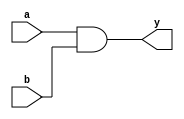
module _and2(a, b, y);		// 2 to 1 and gate
	input a, b;
	output y;
	
	assign y = a & b;
	
endmodule

module _nand2(a, b, y);		// 2 to 1 nand gate
	input a, b;
	output y;
	
	assign y = ~(a & b);
	
endmodule

module _or2(a, b, y);		// 2 to 1 or gate
	input a, b;
	output y;
	
	assign y = a | b;
	
endmodule

module _inv(a, y);		// inverter
	input a;
	output y;
	
	assign y = ~a;
	
endmodule

module _xor2(a, b, y);		// 2 to 1 exclusive or gate
	input a, b;
	output y;
	wire inv_a, inv_b;
	wire w0, w1;
	
	// inverting a and b
	_inv inv0(.a(a), .y(inv_a));
	_inv inv1(.a(b), .y(inv_b));
	
	// use two and gates for between a and not b or between not a and b
	_and2 ad20(a, inv_b, w0);
	_and2 ad21(b, inv_a, w1);
	
	// connect both result of two and gates with or gate
	_or2 or20(w0, w1, y);
	
endmodule

module _and3(a, b, c, y);		// 3 to 1 and gate
	input a, b, c;
	output y;
	
	assign y = a & b & c;
	
endmodule

module _and4(a, b, c, d, y);		// 4 to 1 and gate
	input a, b, c, d;
	output y;
	
	assign y = a & b & c & d;
	
endmodule

module _and5(a, b, c, d, e, y);		// 5 to 1 and gadte
	input a, b, c, d, e;
	output y;
	
	assign y = a & b & c & d & e;
	
endmodule

module _or3(a, b, c, y);		// 3 to 1 or gate
	input a, b, c;
	output y;
	
	assign y = a | b | c;
	
endmodule

module _or4(a, b, c, d, y);		// 4 to 1 or gate
	input a, b, c, d;
	output y;
	
	assign y = a | b | c | d;
	
endmodule

module _or5(a, b, c, d, e, y);		// 5 to 1 or gate
	input a, b, c, d, e;
	output y;
	
	assign y = a | b | c | d | e;
	
endmodule

module _inv_4bits(a, y);		// 4-bit inverter
	input [3:0] a;
	output [3:0] y;
	
	assign y = ~a;
	
endmodule

module _and2_4bits(a, b, y);		// 4-bit 2 to 1 and gate
	input [3:0] a, b;
	output [3:0] y;
	
	assign y = a & b;
	
endmodule

module _or2_4bits(a, b, y);		// 4-bit 2 to 1 or gate
	input [3:0] a, b;
	output [3:0] y;
	
	assign y = a | b;
	
endmodule

module _xor2_4bits(a, b, y);		// 4-bit 2 to 1 xor gate
	input [3:0] a, b;
	output [3:0] y;
	
	// instance 1-bit 2 to 1 xor gate
	_xor2 xor20(.a(a[0]), .b(b[0]), .y(y[0]));
	_xor2 xor21(.a(a[1]), .b(b[1]), .y(y[1]));
	_xor2 xor22(.a(a[2]), .b(b[2]), .y(y[2]));
	_xor2 xor23(.a(a[3]), .b(b[3]), .y(y[3]));
	
endmodule

module _xnor2_4bits(a, b, y);		// 4-bit 2 to 1 xnor gate
	input [3:0] a, b;
	output [3:0] y;
	wire [3:0] w;
	
	// use 4-bit 2 to 1 xor gate and inverting result with 4-bit inverter to get result of xnor
	_xor2_4bits xor20_4bits(.a(a), .b(b), .y(w));
	_inv_4bits inv_bits(.a(w), .y(y));
	
endmodule

module _inv_32bits(a, y);		// 32-bit inverter
	input [31:0] a;
	output [31:0] y;
	
	assign y = ~a;

endmodule

module _and2_32bits(a, b, y);		// 32-bit 2 to 1 and gate

	input [31:0] a, b;
	output [31:0] y;
	
	assign y = a & b;
	
endmodule

module _or2_32bits(a, b, y);		// 32-bit 2 to 1 or gate
	input [31:0] a, b;
	output [31:0] y;
	
	assign y = a | b;

endmodule

module _xor2_32bits(a, b, y);		// 32-bit 2 to 1 xor gate
	input [31:0] a, b;
	output [31:0] y;
	
	// instance 2 to 1 4-bit xor gate
	_xor2_4bits X0_xor2_4bits(.a(a[3:0]), .b(b[3:0]), .y(y[3:0]));
	_xor2_4bits X1_xor2_4bits(.a(a[7:4]), .b(b[7:4]), .y(y[7:4]));
	_xor2_4bits X2_xor2_4bits(.a(a[11:8]), .b(b[11:8]), .y(y[11:8]));
	_xor2_4bits X3_xor2_4bits(.a(a[15:12]), .b(b[15:12]), .y(y[15:12]));
	_xor2_4bits X4_xor2_4bits(.a(a[19:16]), .b(b[19:16]), .y(y[19:16]));
	_xor2_4bits X5_xor2_4bits(.a(a[23:20]), .b(b[23:20]), .y(y[23:20]));
	_xor2_4bits X6_xor2_4bits(.a(a[27:24]), .b(b[27:24]), .y(y[27:24]));
	_xor2_4bits X7_xor2_4bits(.a(a[31:28]), .b(b[31:28]), .y(y[31:28]));
	
endmodule

module _xnor2_32bits(a, b, y);		// 32-bit 2 to 1 xnor gate
	input [31:0] a, b;
	output [31:0] y;
	
	// instance 2 to 1 4-bit xnor gate
	_xnor2_4bits XN0_xnor2_4bits(.a(a[3:0]), .b(b[3:0]), .y(y[3:0]));
	_xnor2_4bits XN1_xnor2_4bits(.a(a[7:4]), .b(b[7:4]), .y(y[7:4]));
	_xnor2_4bits XN2_xnor2_4bits(.a(a[11:8]), .b(b[11:8]), .y(y[11:8]));
	_xnor2_4bits XN3_xnor2_4bits(.a(a[15:12]), .b(b[15:12]), .y(y[15:12]));
	_xnor2_4bits xN4_xnor2_4bits(.a(a[19:16]), .b(b[19:16]), .y(y[19:16]));
	_xnor2_4bits XN5_xnor2_4bits(.a(a[23:20]), .b(b[23:20]), .y(y[23:20]));
	_xnor2_4bits XN6_xnor2_4bits(.a(a[27:24]), .b(b[27:24]), .y(y[27:24]));
	_xnor2_4bits XN7_xnor2_4bits(.a(a[31:28]), .b(b[31:28]), .y(y[31:28]));
	
endmodule